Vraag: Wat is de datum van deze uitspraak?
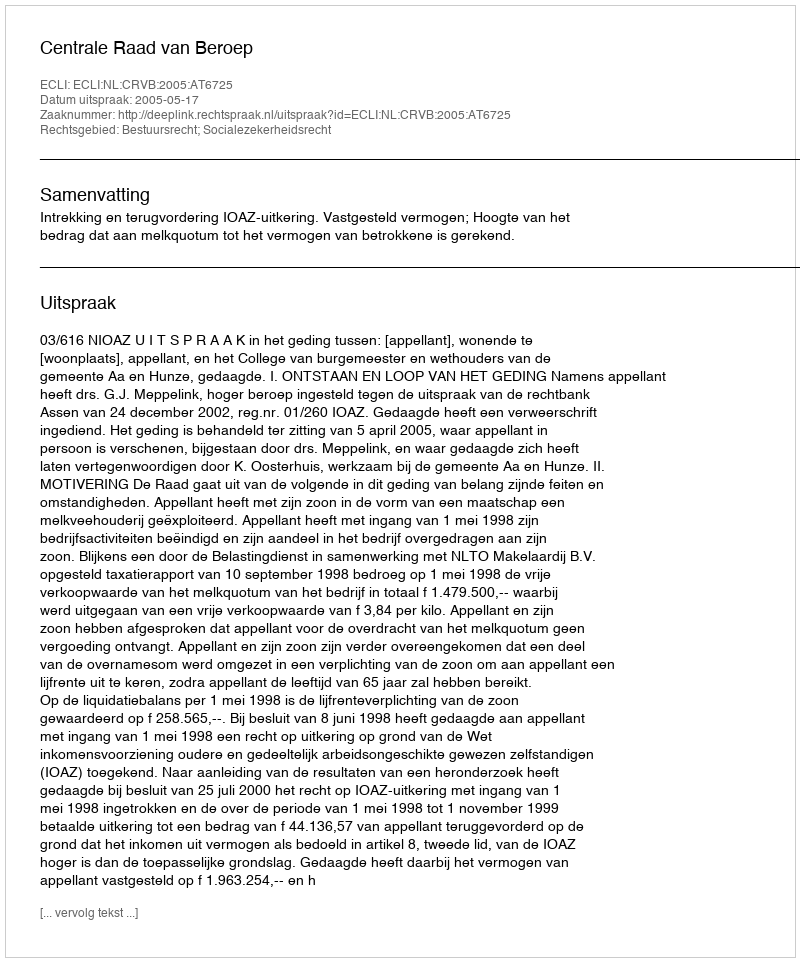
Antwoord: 2005-05-17